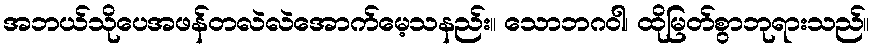
အဘယ်သိုပေအဖန်တလဲလဲအောက်မေ့သနည်း။ သောဘဂဝါ၊ ထိုမြတ်စွာဘုရားသည်။